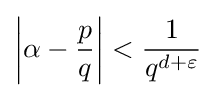
\left|\alpha -{\frac {p}{q}}\right|<{\frac {1}{q^{d+\varepsilon }}}